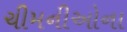
ચીમનીઓના